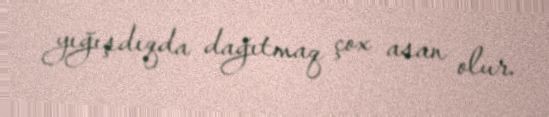
yığışdıqda dağıtmaq çox asan olur.